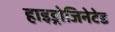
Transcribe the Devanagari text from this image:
हाइड्रोजिनेटेड